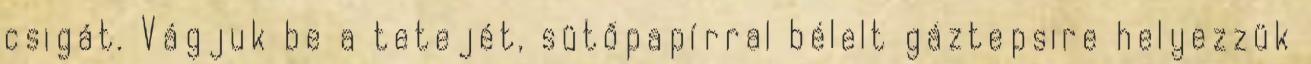
csigát. Vágjuk be a tetejét, sütőpapírral bélelt gáztepsire helyezzük